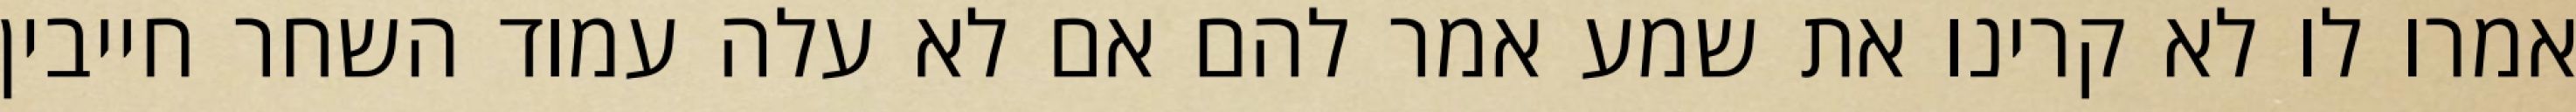
אמרו לו לא קרינו את שמע אמר להם אם לא עלה עמוד השחר חייבין